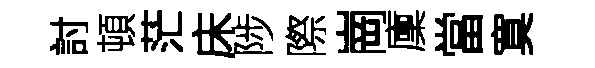
討頓茫床陟際崗廩當寞